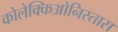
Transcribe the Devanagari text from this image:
कोलेक्किओनिस्तास